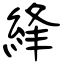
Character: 綘